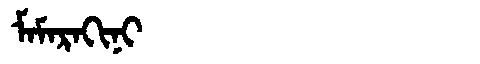
Manchu: ᠮᠠᠮᠠᡵᠠᡴᡳᠨᡳ
Romanization: MAMARAKINI